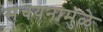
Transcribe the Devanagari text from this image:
संचयनामुळे